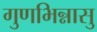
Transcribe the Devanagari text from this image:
गुणभिन्नासु